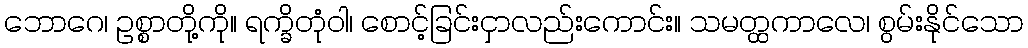
ဘောဂေ၊ ဥစ္စာတို့ကို။ ရက္ခိတုံဝါ၊ စောင့်ခြင်းငှာလည်းကောင်း။ သမတ္ထကာလေ၊ စွမ်းနိုင်သော